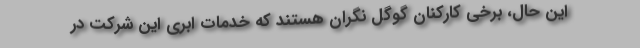
این حال، برخی کارکنان گوگل نگران هستند که خدمات ابری این شرکت در